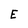
Character: E